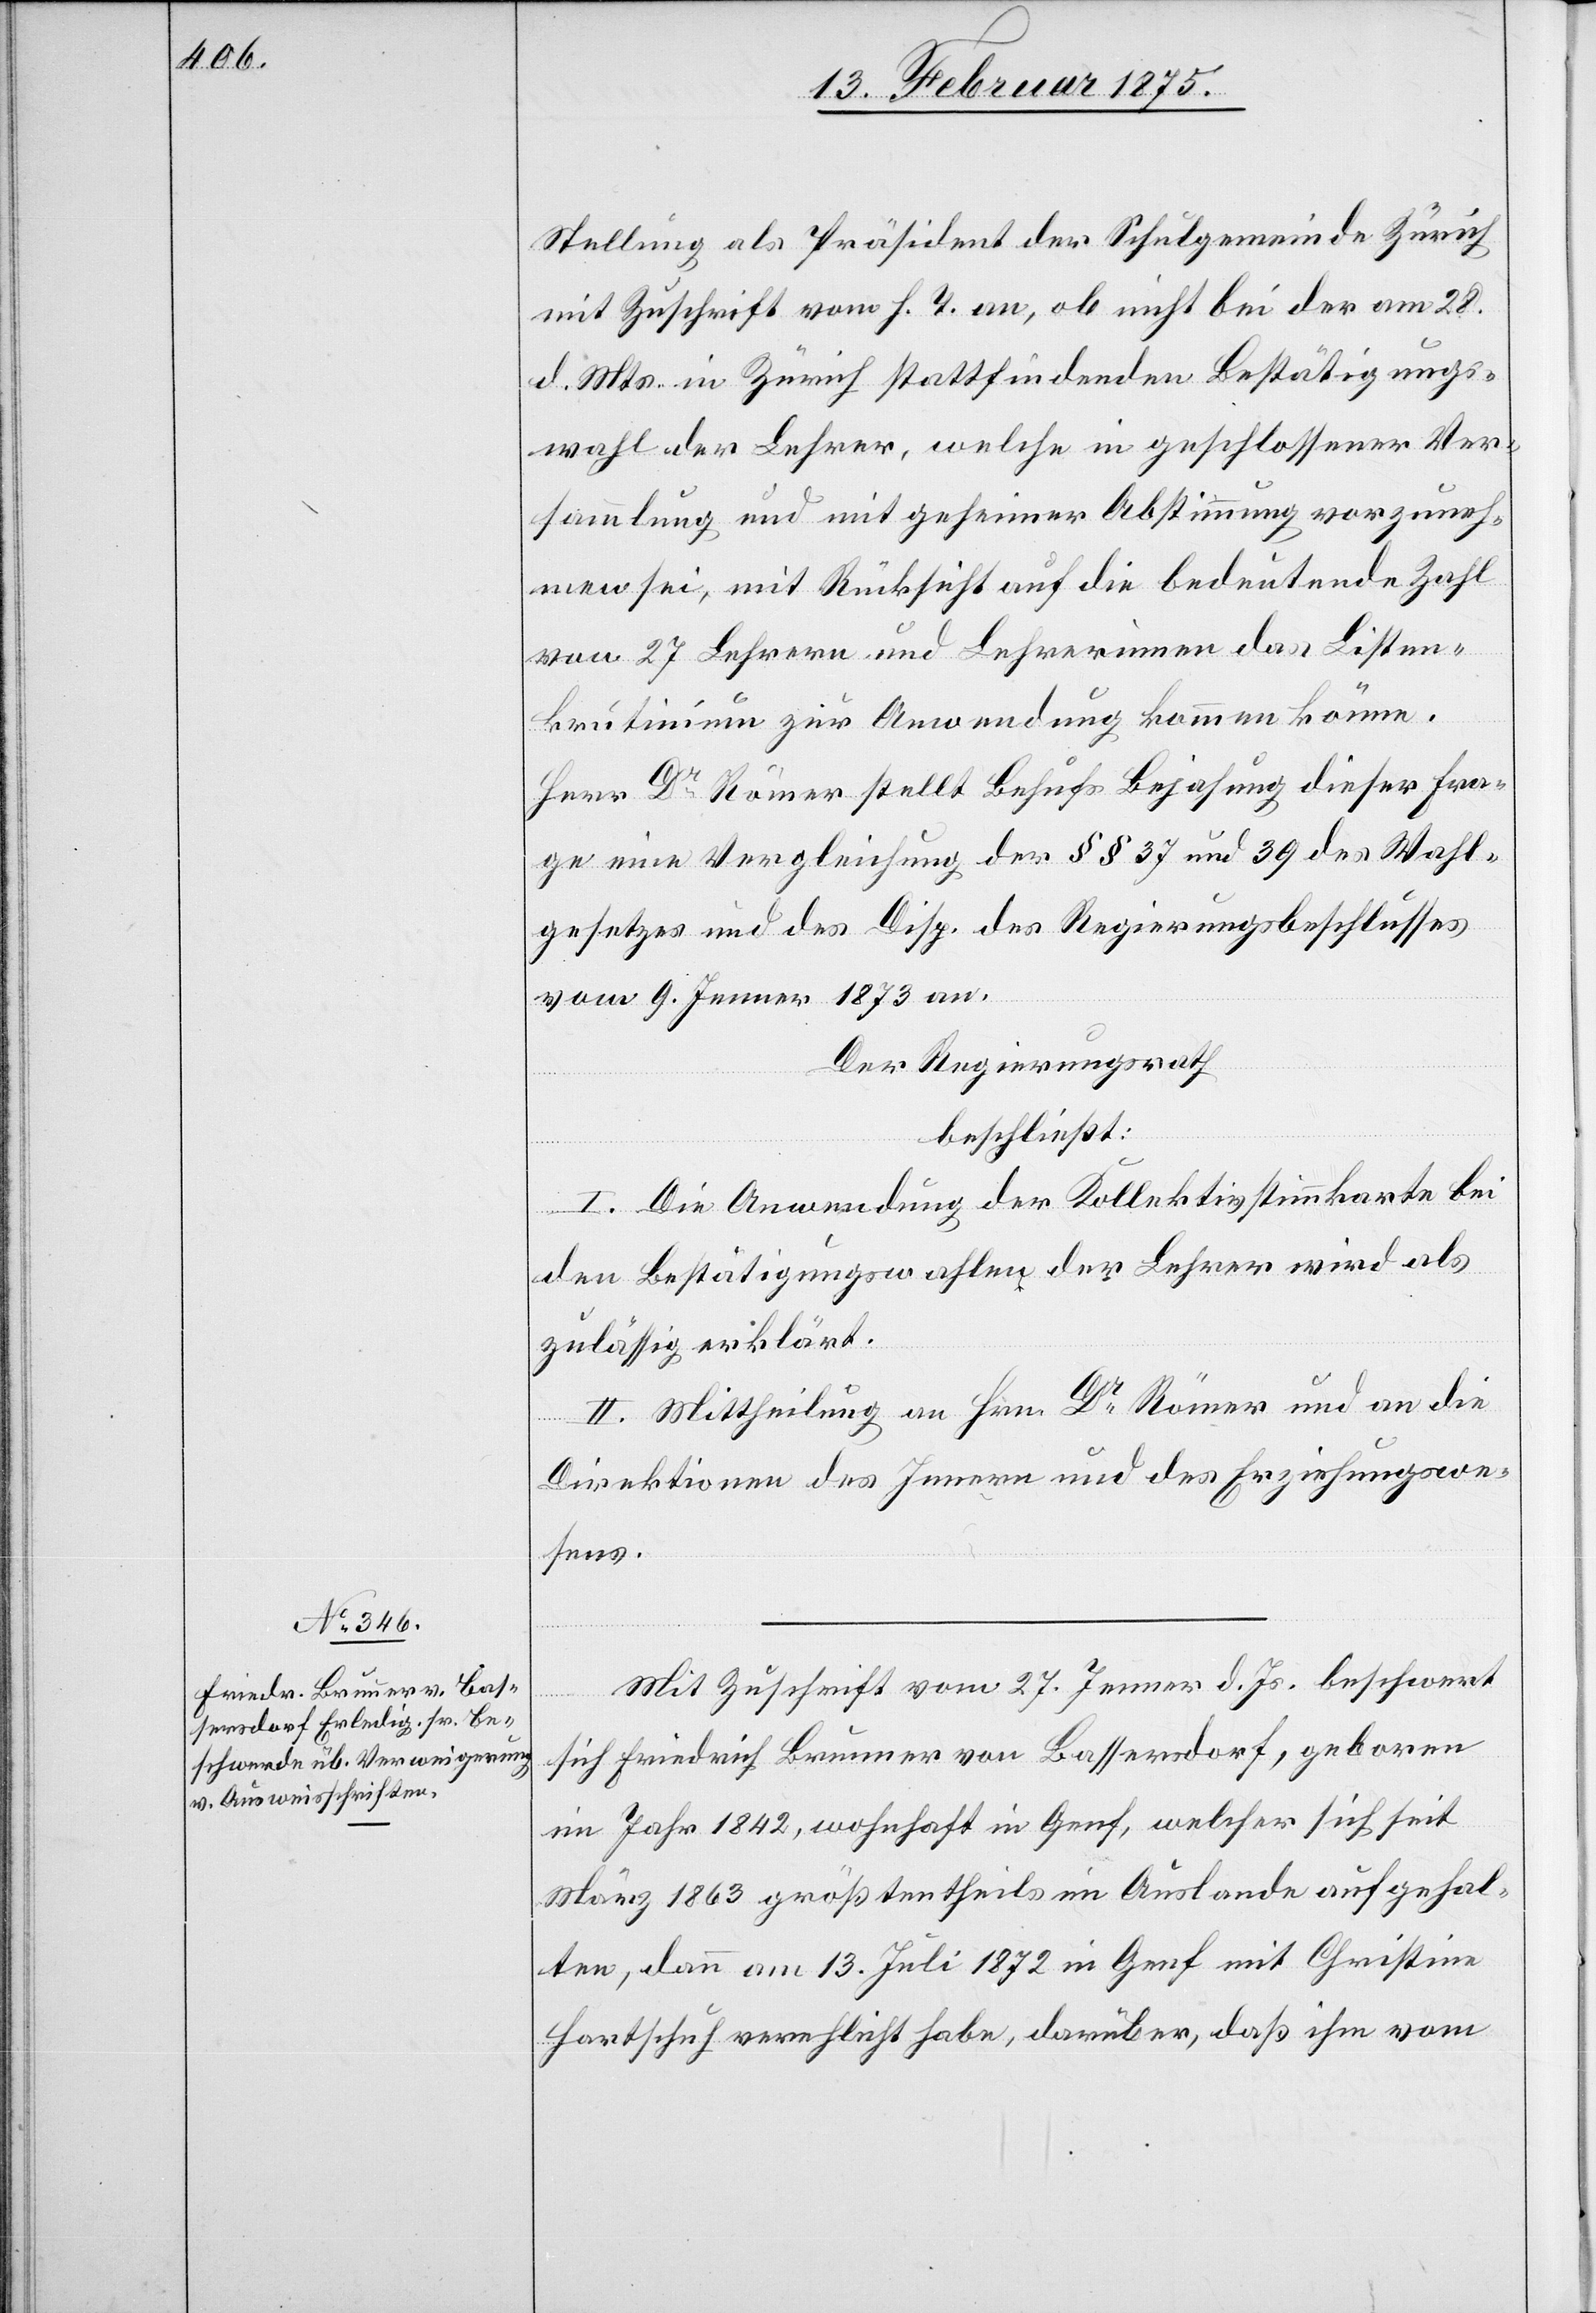
Stellung als Präsident der Schulgemeinde Zürich
mit Zuschrift vom h. T. an, ob nicht bei der am 28.
d. Mts. in Zürich stattfindenden Bestätigungs¬
wahl der Lehrer, welche in geschlossener Ver¬
sammlung und mit geheimer Abstimmung vorzuneh¬
men sei, mit Rücksicht auf die bedeutende Zahl
von 27 Lehrern und Lehrerinnen das Liste¬
n[s]krutinium zur Anwendung kommen könne.
Herr Dr Römer stellt Behufs Bejahung dieser Fra¬
ge eine Vergleichung der §§ 37 und 39 des Wahl¬
gesetzes und des Disp. des Regierungsbeschlusses
vom 9. Jenner 1873 an.
Der Regierungsrath
beschließt:
I. Die Anwendung der Kollektivstimmkarte bei
den Bestätigungswahlen der Lehrer wird als
zulässig erklärt.
II. Mittheilung an Hrn. Dr Römer und an die
Direktionen des Innern und des Erziehungswe¬
sens.
Mit Zuschrift vom 27. Jenner d. Js. beschert
sich Friedrich Brunner von Bassersdorf, geboren
im Jahr 1842, wohnhaft in Genf, welcher sich seit
März 1863 größtentheils im Auslande aufgehal¬
ten, dann am 13. Juli 1872 in Genf mit Christine
Hartschuh verehlicht habe, darüber, daß ihm vom